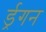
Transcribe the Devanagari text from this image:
र्ड्रगन